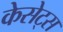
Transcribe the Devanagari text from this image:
केसेट्स